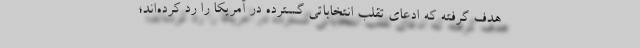
هدف گرفته که ادعای تقلب انتخاباتی گسترده در آمریکا را رد کرده‌اند؛